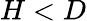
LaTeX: H<D